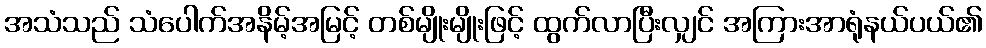
အသံသည် သံပေါက်အနိမ့်အမြင့် တစ်မျိုးမျိုးဖြင့် ထွက်လာပြီးလျှင် အကြားအာရုံနယ်ပယ်၏